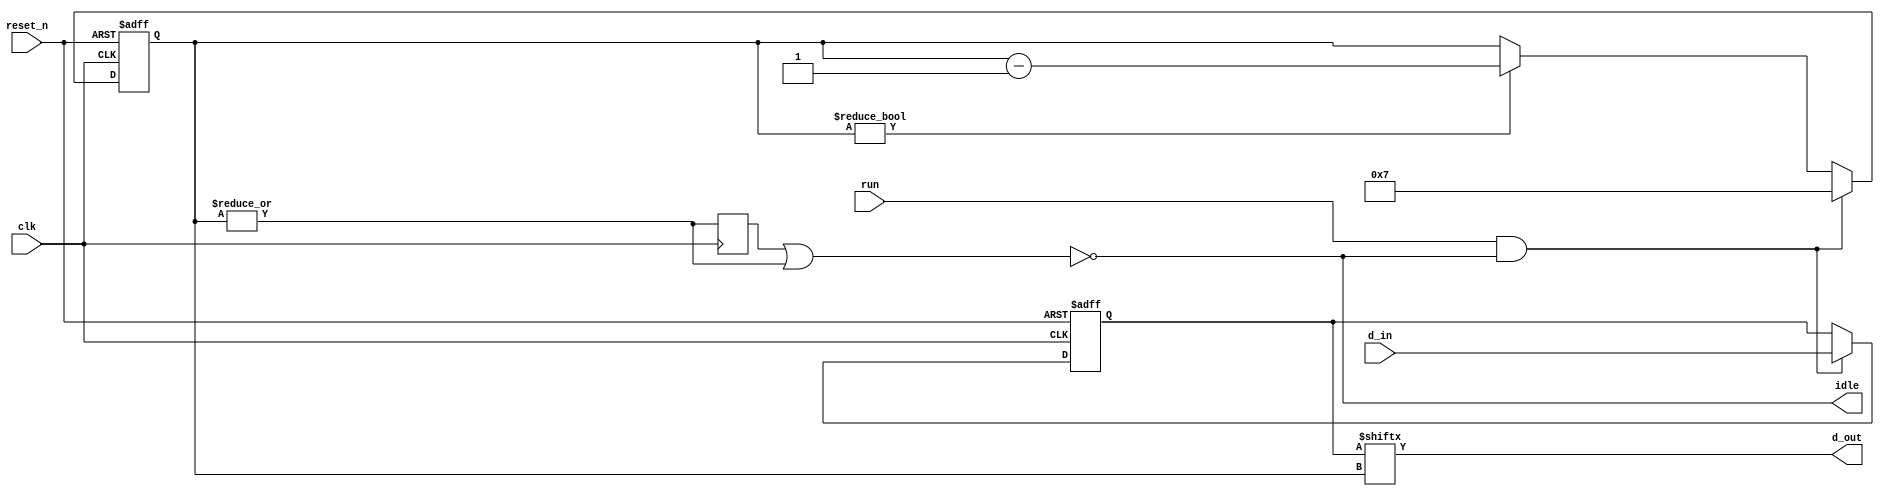
module p2s
       (
           input  clk,
           input  reset_n,
           input  [WIDTH-1:0] d_in,
           input  run,     // START CONDITION
           output d_out,   // MOSI
           output idle     // CS_N
       );
//parameter TAP = 10;
parameter WIDTH = 8;
reg [WIDTH-1:0] counter_ff; // change to clog2
reg [WIDTH-1:0] data_ff;
reg idle_ff;

assign d_out = data_ff[counter_ff];
assign idle = ~(idle_ff | |counter_ff);

always @(posedge clk) begin
    idle_ff <= (|counter_ff);
end


always @(posedge clk or negedge reset_n)
    if(!reset_n) begin
        counter_ff <= 0;
        data_ff <= 0;
    end else begin
        if(run && idle) begin
            data_ff <= d_in;
            counter_ff <= WIDTH-1;
        end else begin
            if(counter_ff) counter_ff <= counter_ff - 1'b1;
        end
    end
endmodule